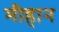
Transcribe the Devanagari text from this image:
मीहान